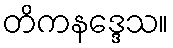
တိကနဒ္ဒေသ။